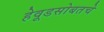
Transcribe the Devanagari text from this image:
हेवूडसोबतचे